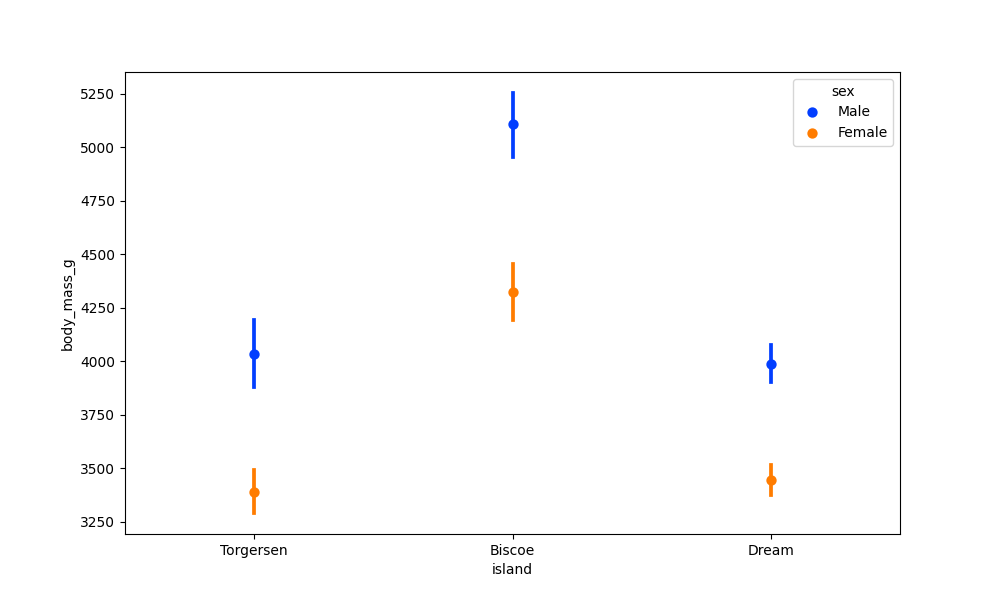
python, seaborn, pointplot, scale=1.0, join=False, hue='sex', palette='bright'